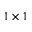
1 \times 1